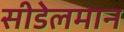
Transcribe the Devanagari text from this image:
सीडेलमान